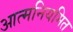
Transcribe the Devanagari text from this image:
आत्मनियमित